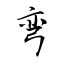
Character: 弯